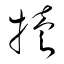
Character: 犢